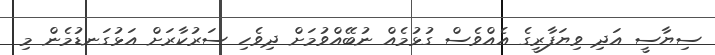
ސިޔާސީ އަދި ވިޔަފާރީގެ އެއްވެސް ގުޅުމެއް ނުބޭއްވުމަށް ދިވެހި ސަރުކާރަށް އަޅުގަނޑުމެން މި